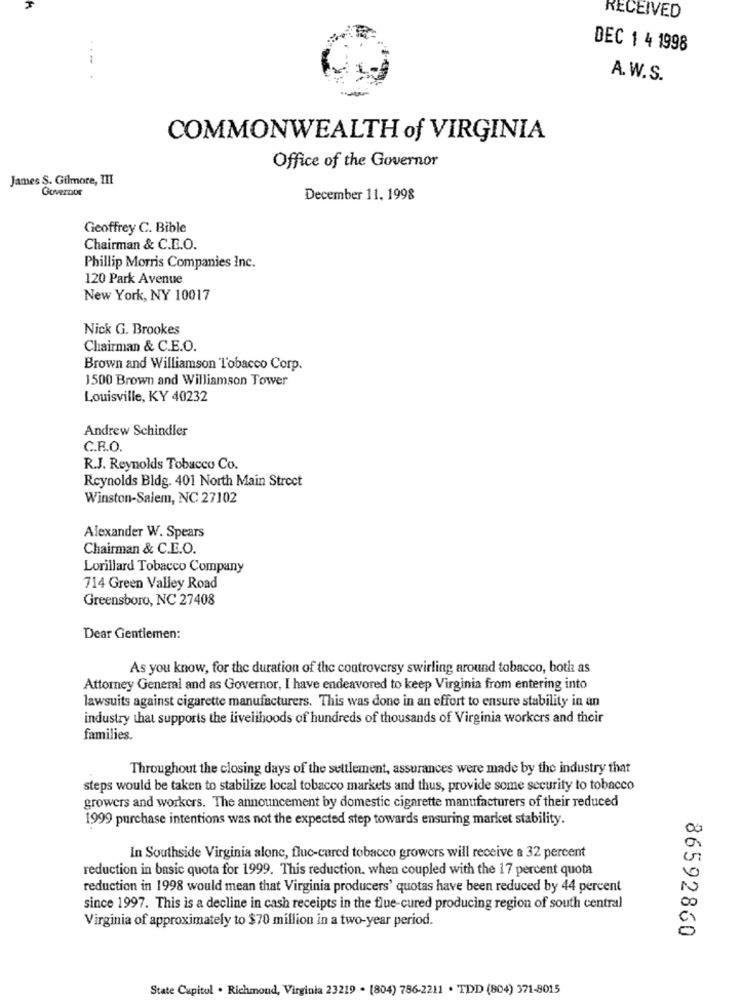
RECEIVED
DEC 1 4 1998
A. W.S.
COMMONWEALTH of VIRGINIA
Office of the Governor
James S. Gilmore, III
Governor
December 11. 1998
Geoffrey C. Bible
Chairman & C.B.O.
Phillip Morris Companies Inc.
120 Park Avenue
New York, NY 10017
Nick G. Brookes
Chairman & C.E.O.
Brown and Williamson Tobacco Corp.
1500 Brown and Williamson Tower
Louisville, KY 40232
Andrew Schindler
C.R.O.
R.J. Reynolds Tobacco Co.
Reynolds Bldg. 401 North Main Street
Winston-Salem, NC 27102
Alexander W. Spears
Chairman & C.E.O.
Lorillard Tobacco Company
714 Green Valley Road
Greensboro, NC 27408
Dear Gentlemen:
As you know, for the duration of the controversy swirling around tobacco, both as
Attorney General and as Governor, I have endeavored to keep Virginia from entering into
lawsuits against cigarette manufacturers. This was done in an effort to ensure stability in an
industry that supports the livelihoods of hundreds of thousands of Virginia workers and their
families.
Throughout the closing days of the settlement, assurances were made by the industry that
steps would be taken to stabilize local tobacco markets and thus, provide some security to tobacco
growers and workers. The announcement by domestic cigarette manufacturers of their reduced
1999 purchase intentions was not the expected step towards ensuring market stability.
a
0
In Southside Virginia alone, fluc-cared tobacco growers will receive a 32 percent
reduction in basic quota for 1999. This reduction, when coupled with the 17 percent quota
reduction in 1998 would mean that Virginia producers' quotas have been reduced by 44 percent
since 1997. This is a decline in cash receipts in the flue-cured producing region of south central
Virginia of approximately to $70 million in a two-year period.
0
86592860
State Capitol . Richmond, Virginia 23219 . (804) 786-2211 . TDD (804) 371-8015